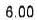
6.00